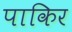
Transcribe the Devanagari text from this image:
पाकिर